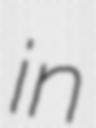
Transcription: in